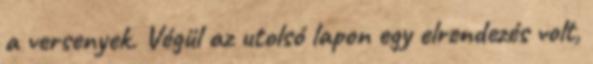
a versenyek. Végül az utolsó lapon egy elrendezés volt,